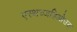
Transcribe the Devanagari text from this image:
एस्थच्जहिओउस्